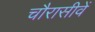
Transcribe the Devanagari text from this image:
चौरासीवें